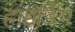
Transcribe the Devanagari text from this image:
हाइडिंग